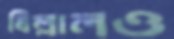
বিল্লালও